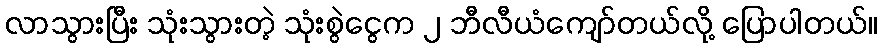
လာသွားပြီး သုံးသွားတဲ့ သုံးစွဲငွေက ၂ ဘီလီယံကျော်တယ်လို့ ပြောပါတယ်။